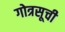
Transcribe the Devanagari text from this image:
गोत्रसूची